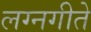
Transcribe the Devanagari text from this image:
लग्नगीते